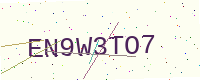
Text: EN9W3TO7